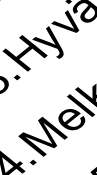
. M y v